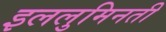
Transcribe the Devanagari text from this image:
इललुमिनती